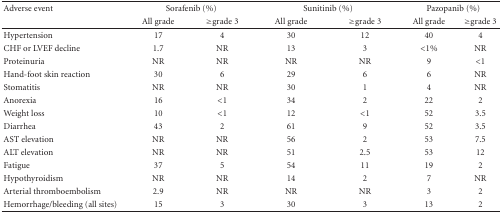
| Adverse event | <COLSPAN=2> Sorafenib (%) | <COLSPAN=2> Sunitinib (%) | <COLSPAN=2> Pazopanib (%) |
 |  | All grade | ≥grade 3 | All grade | ≥grade 3 | All grade | ≥grade 3 |
 | --- | --- | --- | --- | --- | --- | --- |
 | Hypertension | 17 | 4 | 30 | 12 | 40 | 4 |
 | CHF or LVEF decline | 1.7 | NR | 13 | 3 | <1% | NR |
 | Proteinuria | NR | NR | NR | NR | 9 | <1 |
 | Hand-foot skin reaction | 30 | 6 | 29 | 6 | 6 | NR |
 | Stomatitis | NR | NR | 30 | 1 | 4 | NR |
 | Anorexia | 16 | <1 | 34 | 2 | 22 | 2 |
 | Weight loss | 10 | <1 | 12 | <1 | 52 | 3.5 |
 | Diarrhea | 43 | 2 | 61 | 9 | 52 | 3.5 |
 | AST elevation | NR | NR | 56 | 2 | 53 | 7.5 |
 | ALT elevation | NR | NR | 51 | 2.5 | 53 | 12 |
 | Fatigue | 37 | 5 | 54 | 11 | 19 | 2 |
 | Hypothyroidism | NR | NR | 14 | 2 | 7 | NR |
 | Arterial thromboembolism | 2.9 | NR | NR | NR | 3 | 2 |
 | Hemorrhage/bleeding (all sites) | 15 | 3 | 30 | 3 | 13 | 2 |